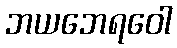
ဘယဘေရဝေါ